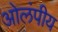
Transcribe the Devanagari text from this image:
ओलंपीय